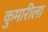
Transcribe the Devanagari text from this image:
कुमारीला